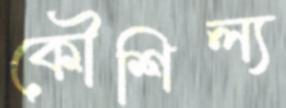
কৌশিল্য